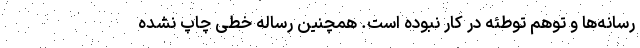
رسانه‌ها و توهم توطئه در کار نبوده است. همچنین رساله خطی چاپ نشده